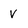
Character: V